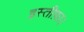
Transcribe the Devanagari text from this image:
इस्तीफ़ा।